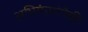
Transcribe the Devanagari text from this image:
अभियंत्यांपैकी